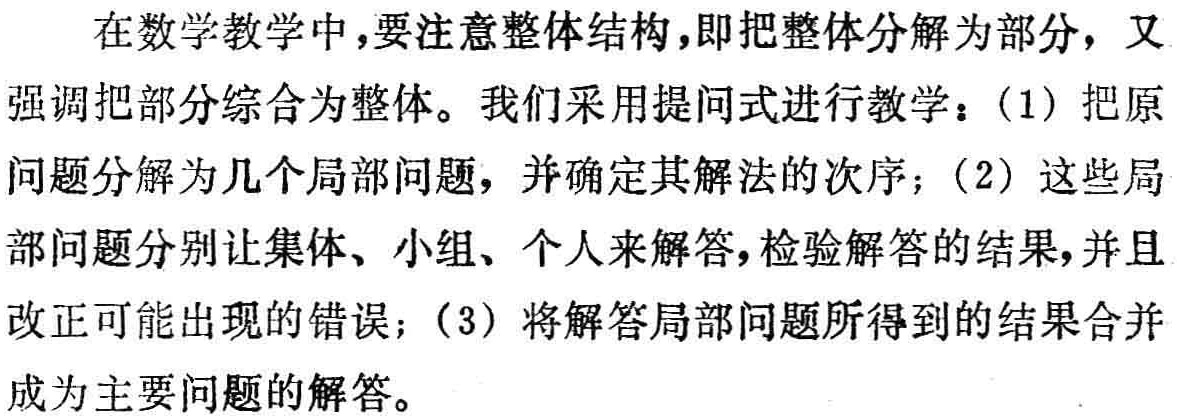
在数学教学中，要注意整体结构，即把整体分解为部分，又强调把部分综合为整体。我们采用提问式进行教学：（1）把原问题分解为几个局部问题，并确定其解法的次序；（2）这些局部问题分别让集体、小组、个人来解答，检验解答的结果，并且改正可能出现的错误；（3）将解答局部问题所得到的结果合并成为主要问题的解答。